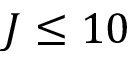
J \leq 1 0